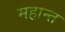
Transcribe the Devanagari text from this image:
महान्त